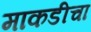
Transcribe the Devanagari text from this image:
माकडीचा